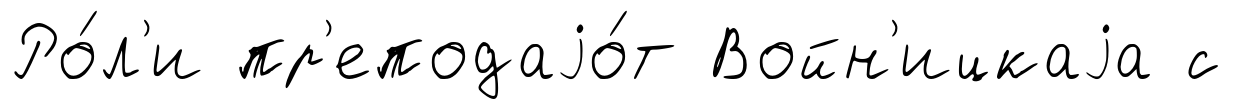
Ро́л'и пр'еподаjо́т Войн'ицкаjа с